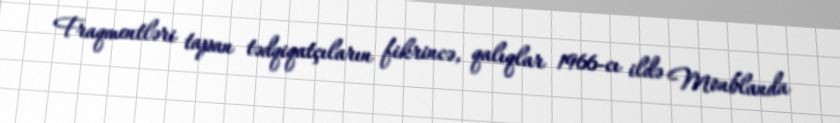
Fraqmentləri tapan tədqiqatçıların fikrincə, qalıqlar 1966-cı ildə Monblanda